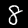
Label: 8